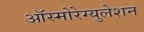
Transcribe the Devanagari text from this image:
ऑस्मोरेग्युलेशन